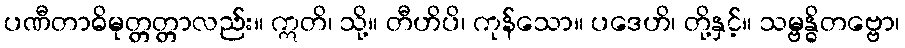
ပဏီတာဓိမုတ္တတ္တာလည်း။ ဣတိ၊ သို့။ တီဟိပိ၊ ကုန်သော။ ပဒေဟိ၊ တို့နှင့်။ သမ္ဗန္ဓိတဗ္ဗော၊